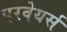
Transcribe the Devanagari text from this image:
परवेयर्स